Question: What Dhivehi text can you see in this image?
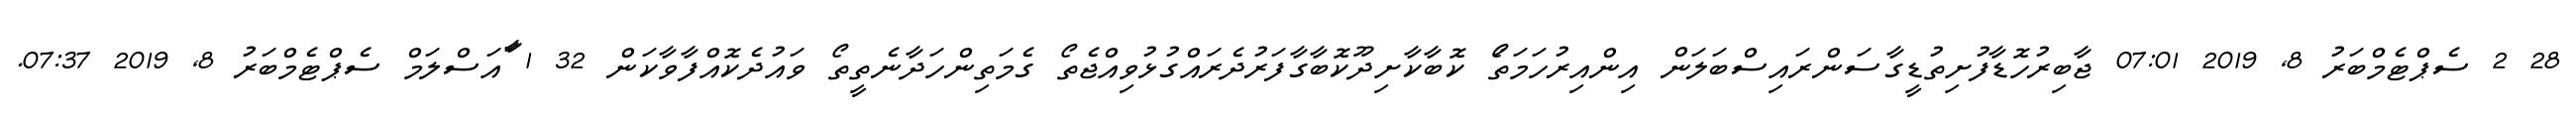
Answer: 28 2 ސެޕްޓެމްބަރު 8, 2019 07:01 ޖާބިރުހޮޑާފުށިތުޑީގާސަންރައިސްބަލަން އިންއިރުހަމަތަޯ ކޮބާކާށިދޫކޮބާގާފަރުދެރައްގުޅުވިއްޖެތޯ ގެމަތިންހަދާނެތީތޯ ވައުދެކޮއްފާވާކަން 32 1 ާައަސްލަމް ސެޕްޓެމްބަރު 8, 2019 07:37.